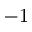
- 1